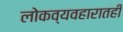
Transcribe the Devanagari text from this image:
लोकव्यवहारातही